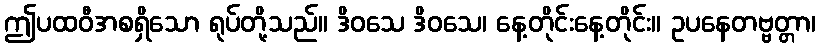
ဤပထဝီအစရှိသော ရုပ်တို့သည်။ ဒိဝသေ ဒိဝသေ၊ နေ့တိုင်းနေ့တိုင်း။ ဥပနေတဗ္ဗတ္တာ၊